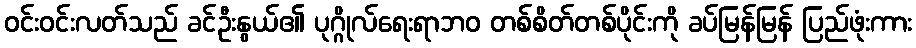
ဝင်းဝင်းလတ်သည် ခင်ဦးနွယ်၏ ပုဂ္ဂိုလ်ရေးရာဘဝ တစ်စိတ်တစ်ပိုင်းကို ခပ်မြန်မြန် ပြည်ဖုံးကား